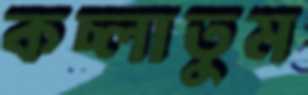
কচ্‌লাতুম